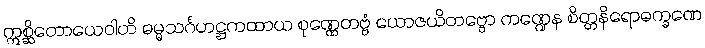
ဣစ္ဆိတောယေဝါတိ ဓမ္မသင်္ဂဟဋ္ဌကထာယ စုဏ္ဏေတဗ္ဗံ ယောဇယိတဗ္ဗော ကဏ္ဍေန စိတ္တနိရောဓက္ခဏေ